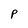
Character: P